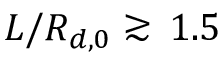
L / R _ { d , 0 } \gtrsim \, 1 . 5